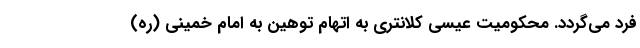
فرد می‌گردد. محکومیت عیسی کلانتری به اتهام توهین به امام خمینی (ره)